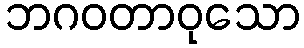
ဘဂဝတာဝုသော